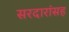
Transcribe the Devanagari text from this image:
सरदारांसह